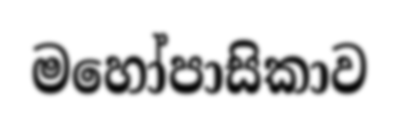
මහෝපාසිකාව